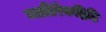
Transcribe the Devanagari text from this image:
व्यातिरेकद्रिष्टि